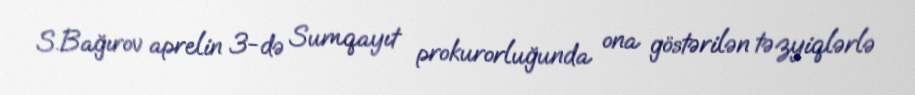
S.Bağırov aprelin 3-də Sumqayıt prokurorluğunda ona göstərilən təzyiqlərlə